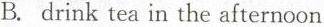
B. drink tea in the afternoon